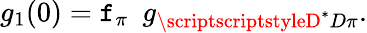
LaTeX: g_{1}(0)=\mathtt{f}_{\pi}~~g_{\scriptscriptstyleD^{*}D\pi}.